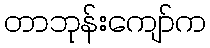
တာဘုန်းကျော်က